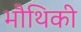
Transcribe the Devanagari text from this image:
भौथिकी